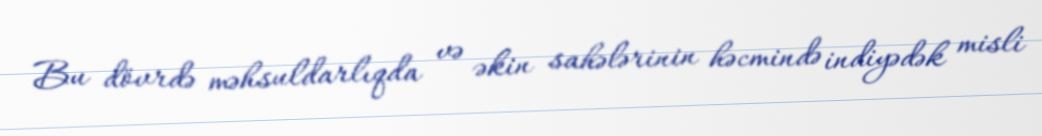
Bu dövrdə məhsuldarlıqda və əkin sahələrinin həcmində indiyədək misli